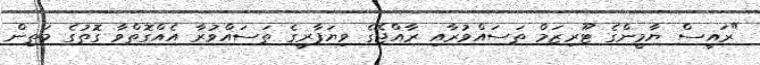
"ރައީސް ޔާމީންގެ ޓޫރިޒަމް ތަސައްވުރާއި ރާއްޖޭގެ ވިޔަފާރީގެ ތަސައްވުރާ އެއްގޮތްވާ ގޮތުގެ މަތިން